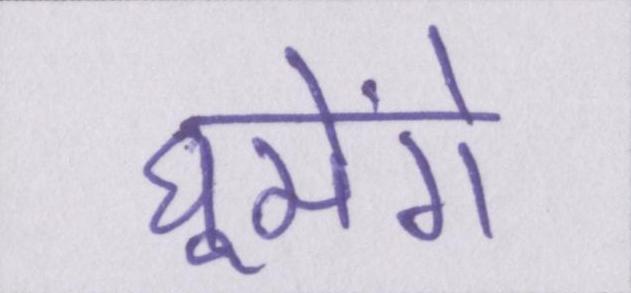
घूमेंगे